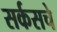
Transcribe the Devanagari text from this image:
सर्कसचे